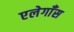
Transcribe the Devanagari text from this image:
एलेगाँस